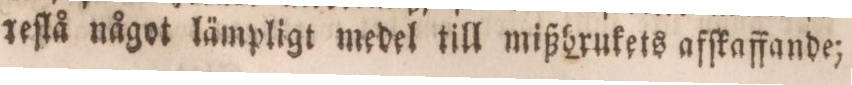
reſlå något lämpligt medel till mißbrukets afſkaffande;